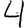
Digit: 4